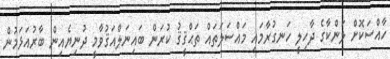
ހާއްސަކޮށް ލަންކާގެ ދާހިލީ ހަނގުރާމައި މައްސަލަތައް ތަޙްޤީޤު ކުރަން ބައިނަލްއަޤުވާމީ ދުނިޔެއިން ބާރުއަޅަމުން